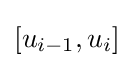
[u_{i-1},u_{i}]